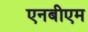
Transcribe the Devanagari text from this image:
एनबीएम